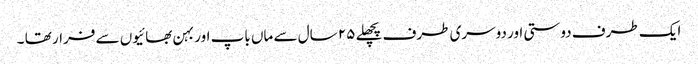
ایک طرف دوستی اور دوسری طرف پچھلے ٢۵ سال سے ماں باپ اور بہن بھائیوں سے فرار تھا ۔